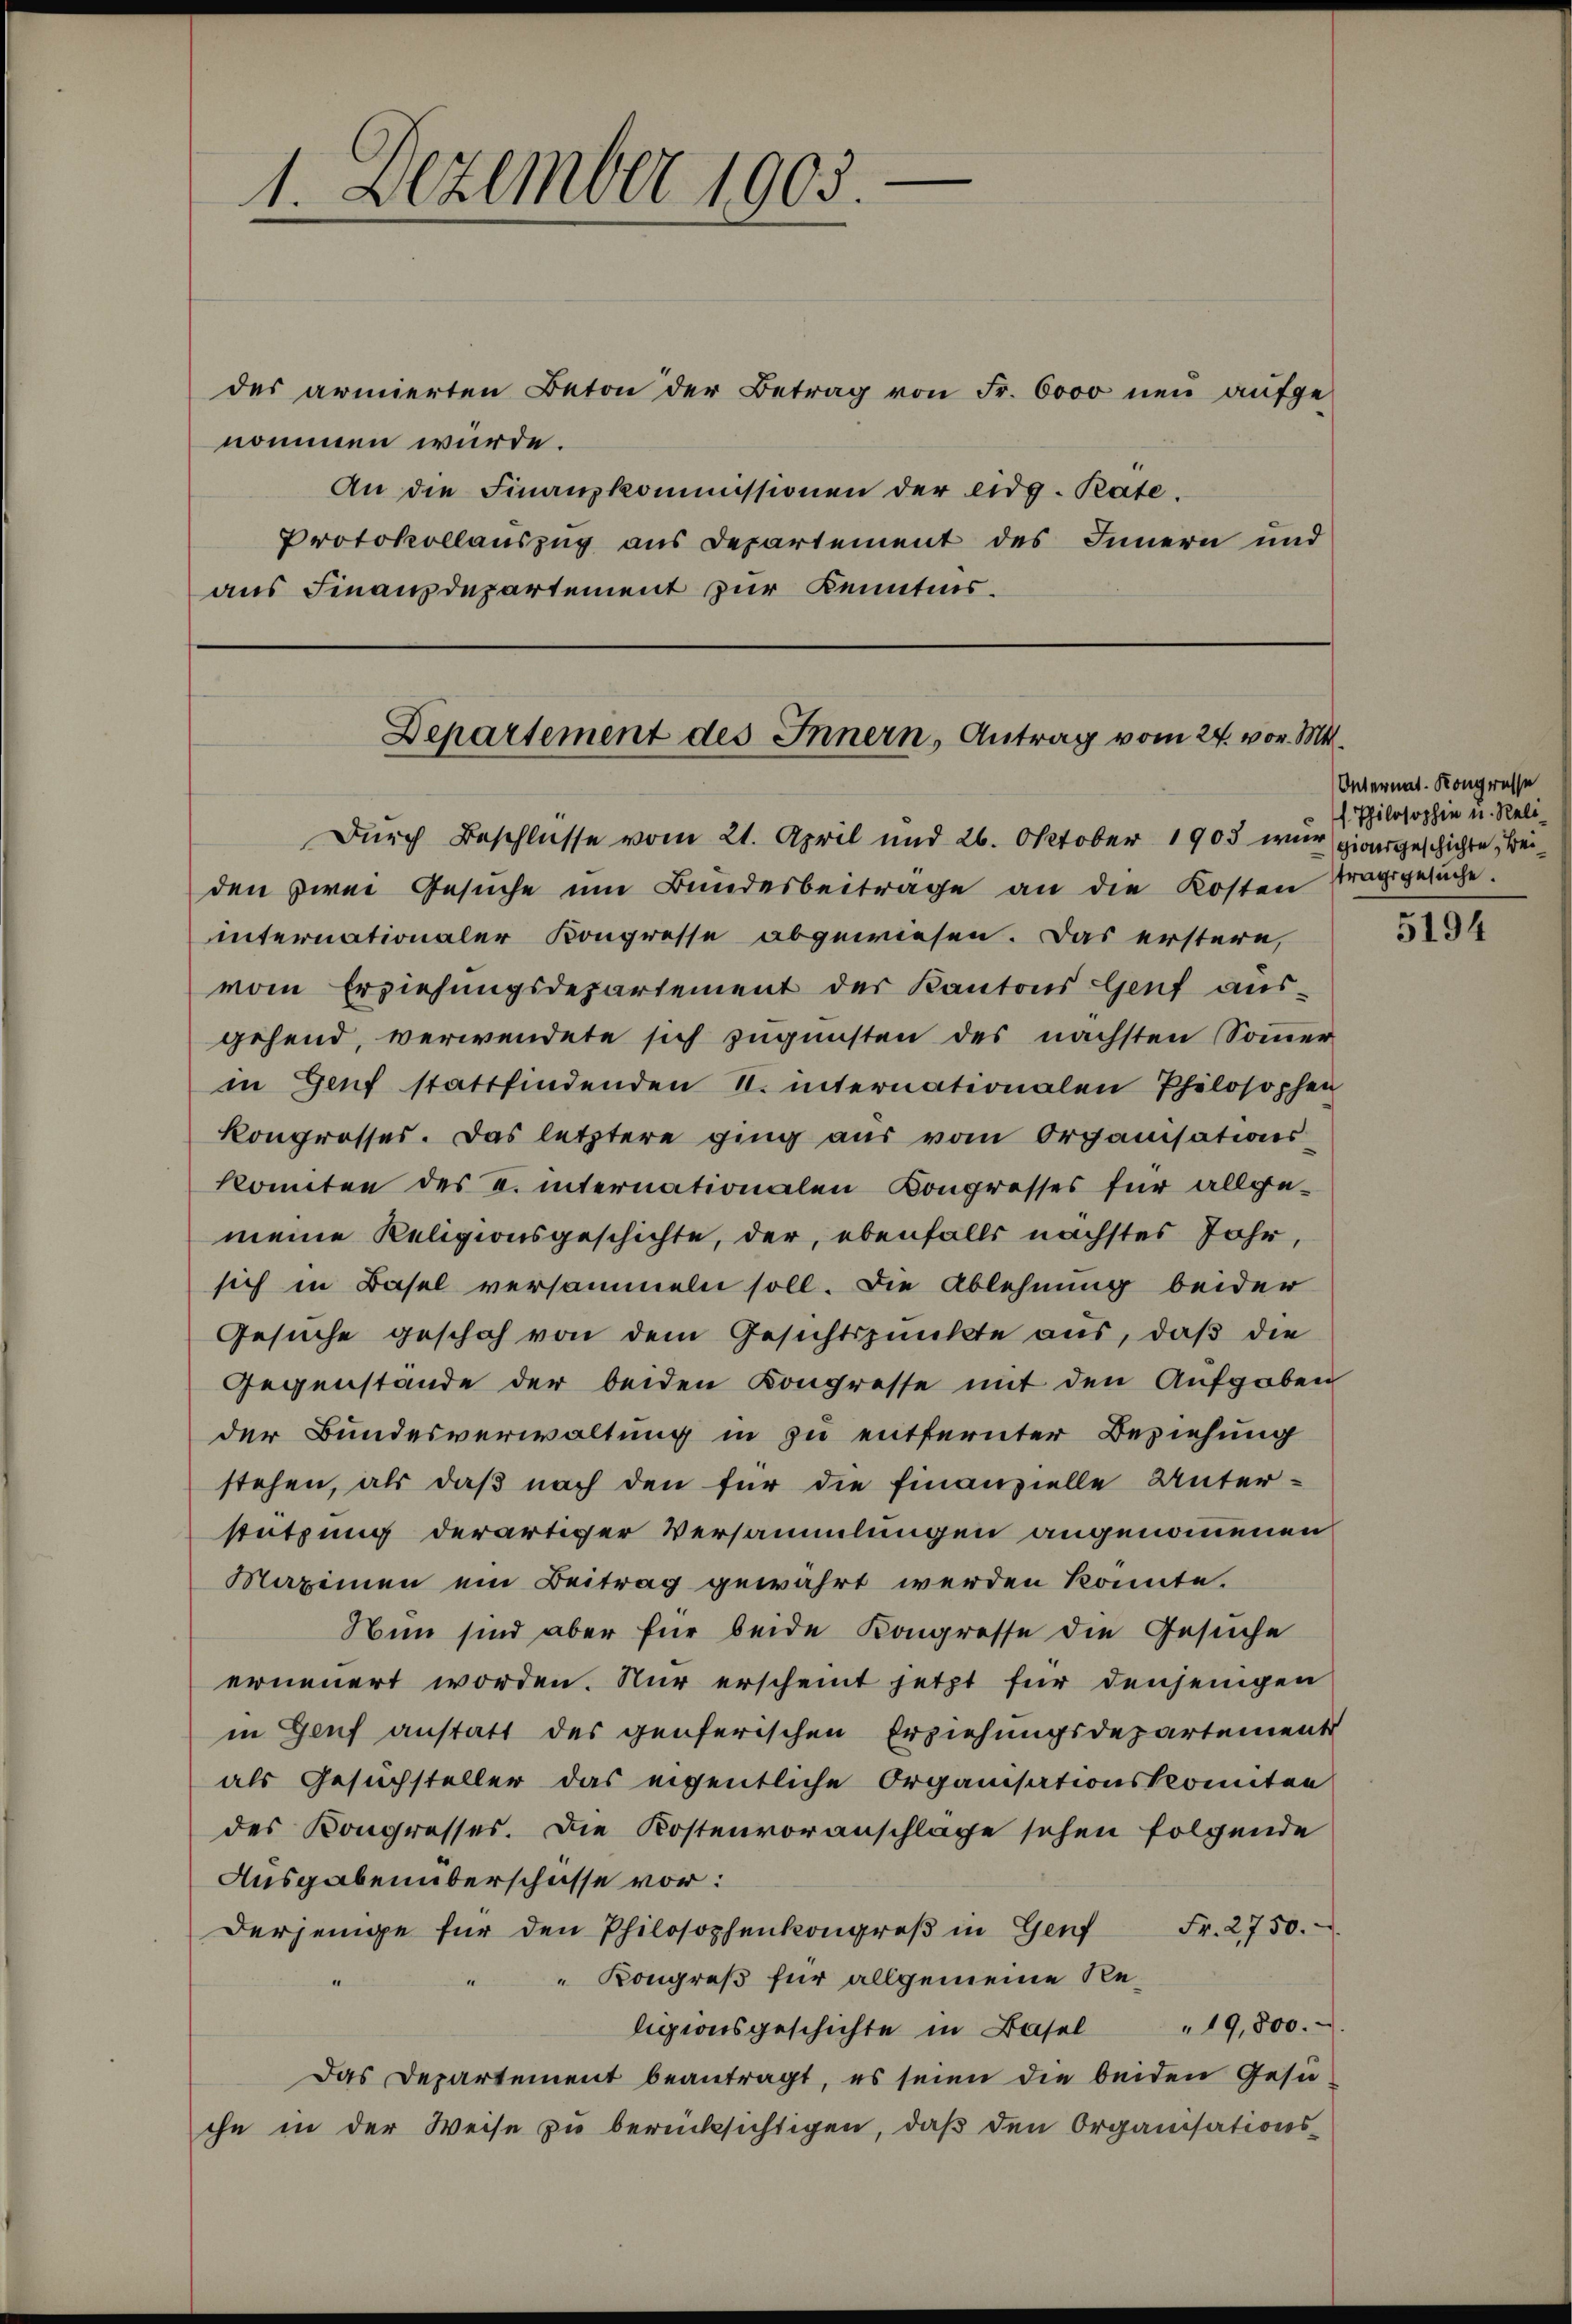
des armierten Beton der Betrag von Fr. 6000 neu aufgenommen würde.
An die Finanzkommissionen der eidg. Pate.
Protokollauszug aus Departement des Innern und
aus Finanzdepartement zur Kenntnis.

1. Dezember 1903.

Departement des Innern, Antrag vom 24. vor. Mt.

Durch Beschlüsse vom 21. April und 26. Oktober 1903 wurzionsgeschichte, Beiden zwei Gesŭche ŭm Bŭndesbeiträge an die Kosten tragsgesŭche.
internationaler Kongresse abgewiesen. Das erstern,
vom Erziehungsdepartement der Kantons Genf aus-
gehend, verwendete sich zugunsten des nächsten Sommer
in Genf stattfindenden 1. internationalen Philosophen
kongrosses. Das letztere ging aŭs vom Organisations-
komiten des u. internationalen Kongresses für allge-
meine Religionsgeschichte, der, ebenfalls nächstes Jahr,
sich in Basel versammen soll. Die Ablehnung beider
Gesuche geschah von dem Gesichtspunkte aus, daß die
Gegenstande der beiden Kongresse mit den Aufgaben
der Bundesverwaltung in zu entfernter Beziehung
stehen, als daß nach den für die finanzielle Unterstützung derartiger Versammlungen angenommenen
Mazinen ein Beitrag gewährt werden könnte.
Nun sind aber für beide Kongresse die Gesuche
erneuert worden. Nur erscheint jetzt für denjenigen
in Genf anstatt des genferischen Erziehungsdepartement
als Gesuchsteller das eigentliche Organisationscomitee
des Kongresses. Die Kostenvoranschlage sehen folgende
Ausgaben überschasse vor:
Derjenige für den Philosophenkongreβ in Genf Fr. 2750.
Kongreß für allgemeine Religionsgeschichte in Basel "  19,800.
Das Departement beantragt, es seien die beiden Gesu
che in der Weise zŭ berücksichtigen, daβ den Organisations-

Unternat. Kongresse
 Philosophie u. Reli¬

5194